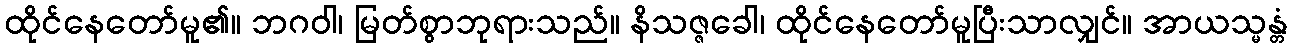
ထိုင်နေတော်မူ၏။ ဘဂဝါ၊ မြတ်စွာဘုရားသည်။ နိသဇ္ဇခေါ၊ ထိုင်နေတော်မူပြီးသာလျှင်။ အာယသ္မန္တံ